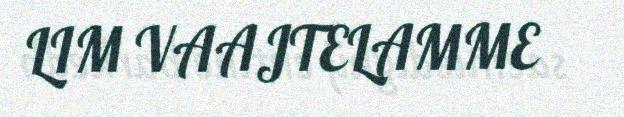
LIM VAAJTELAMME